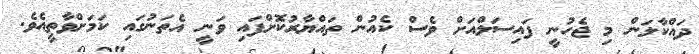
ދައްކާލަން މި ޖެހުނީ ފައިސަލްއަށް ވެސް ކެއުން ތައްޔާރުކޮށްފައި ވަނީ އެތަނުގައި ކަމަށްވާތީއެވެ.